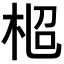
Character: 𣑌